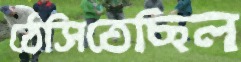
ঠেসিতেছিল